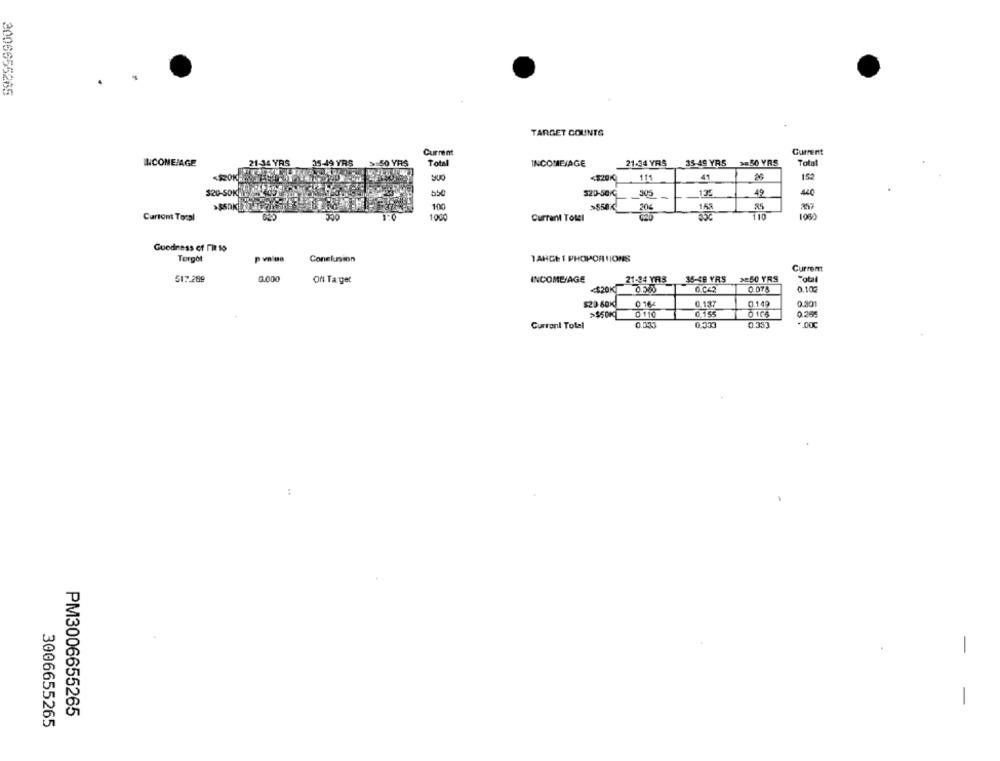
2006655265
TARGET COUNTS
Current
Current
YRS
35-49 YRS >=50 YRS
INCONEJAGE
.50 YRS
Total
INCOMEVAGE
21.34 YRS
Total
<$20K
41
152
115
440
$20-SOKL
$20-50KG 305
-
135
49
>$50K
85
>$SDK|
100
20
Cursont Toral
1000
Currant Totel
110
1050
Goodness of Fit to
Torgot
Conelunion
TAHGET PHOPORTIONS
Current
517 289
0.000
Oft Ta get
INCOME/AGE
21-34 YRS
$5-48 YRS
2=50 YRS
Total
<$20K
G.CZ2
0.078
0.10:
$20 60K
0 164
0.137
0.149
0.30
>$50K
0,155
0106
0.265
Current Total
0.333
0.353
.. 00℃
:
-
-
PM3006655265
3006655265